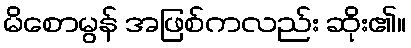
မိစောမွန် အဖြစ်ကလည်း ဆိုး၏။